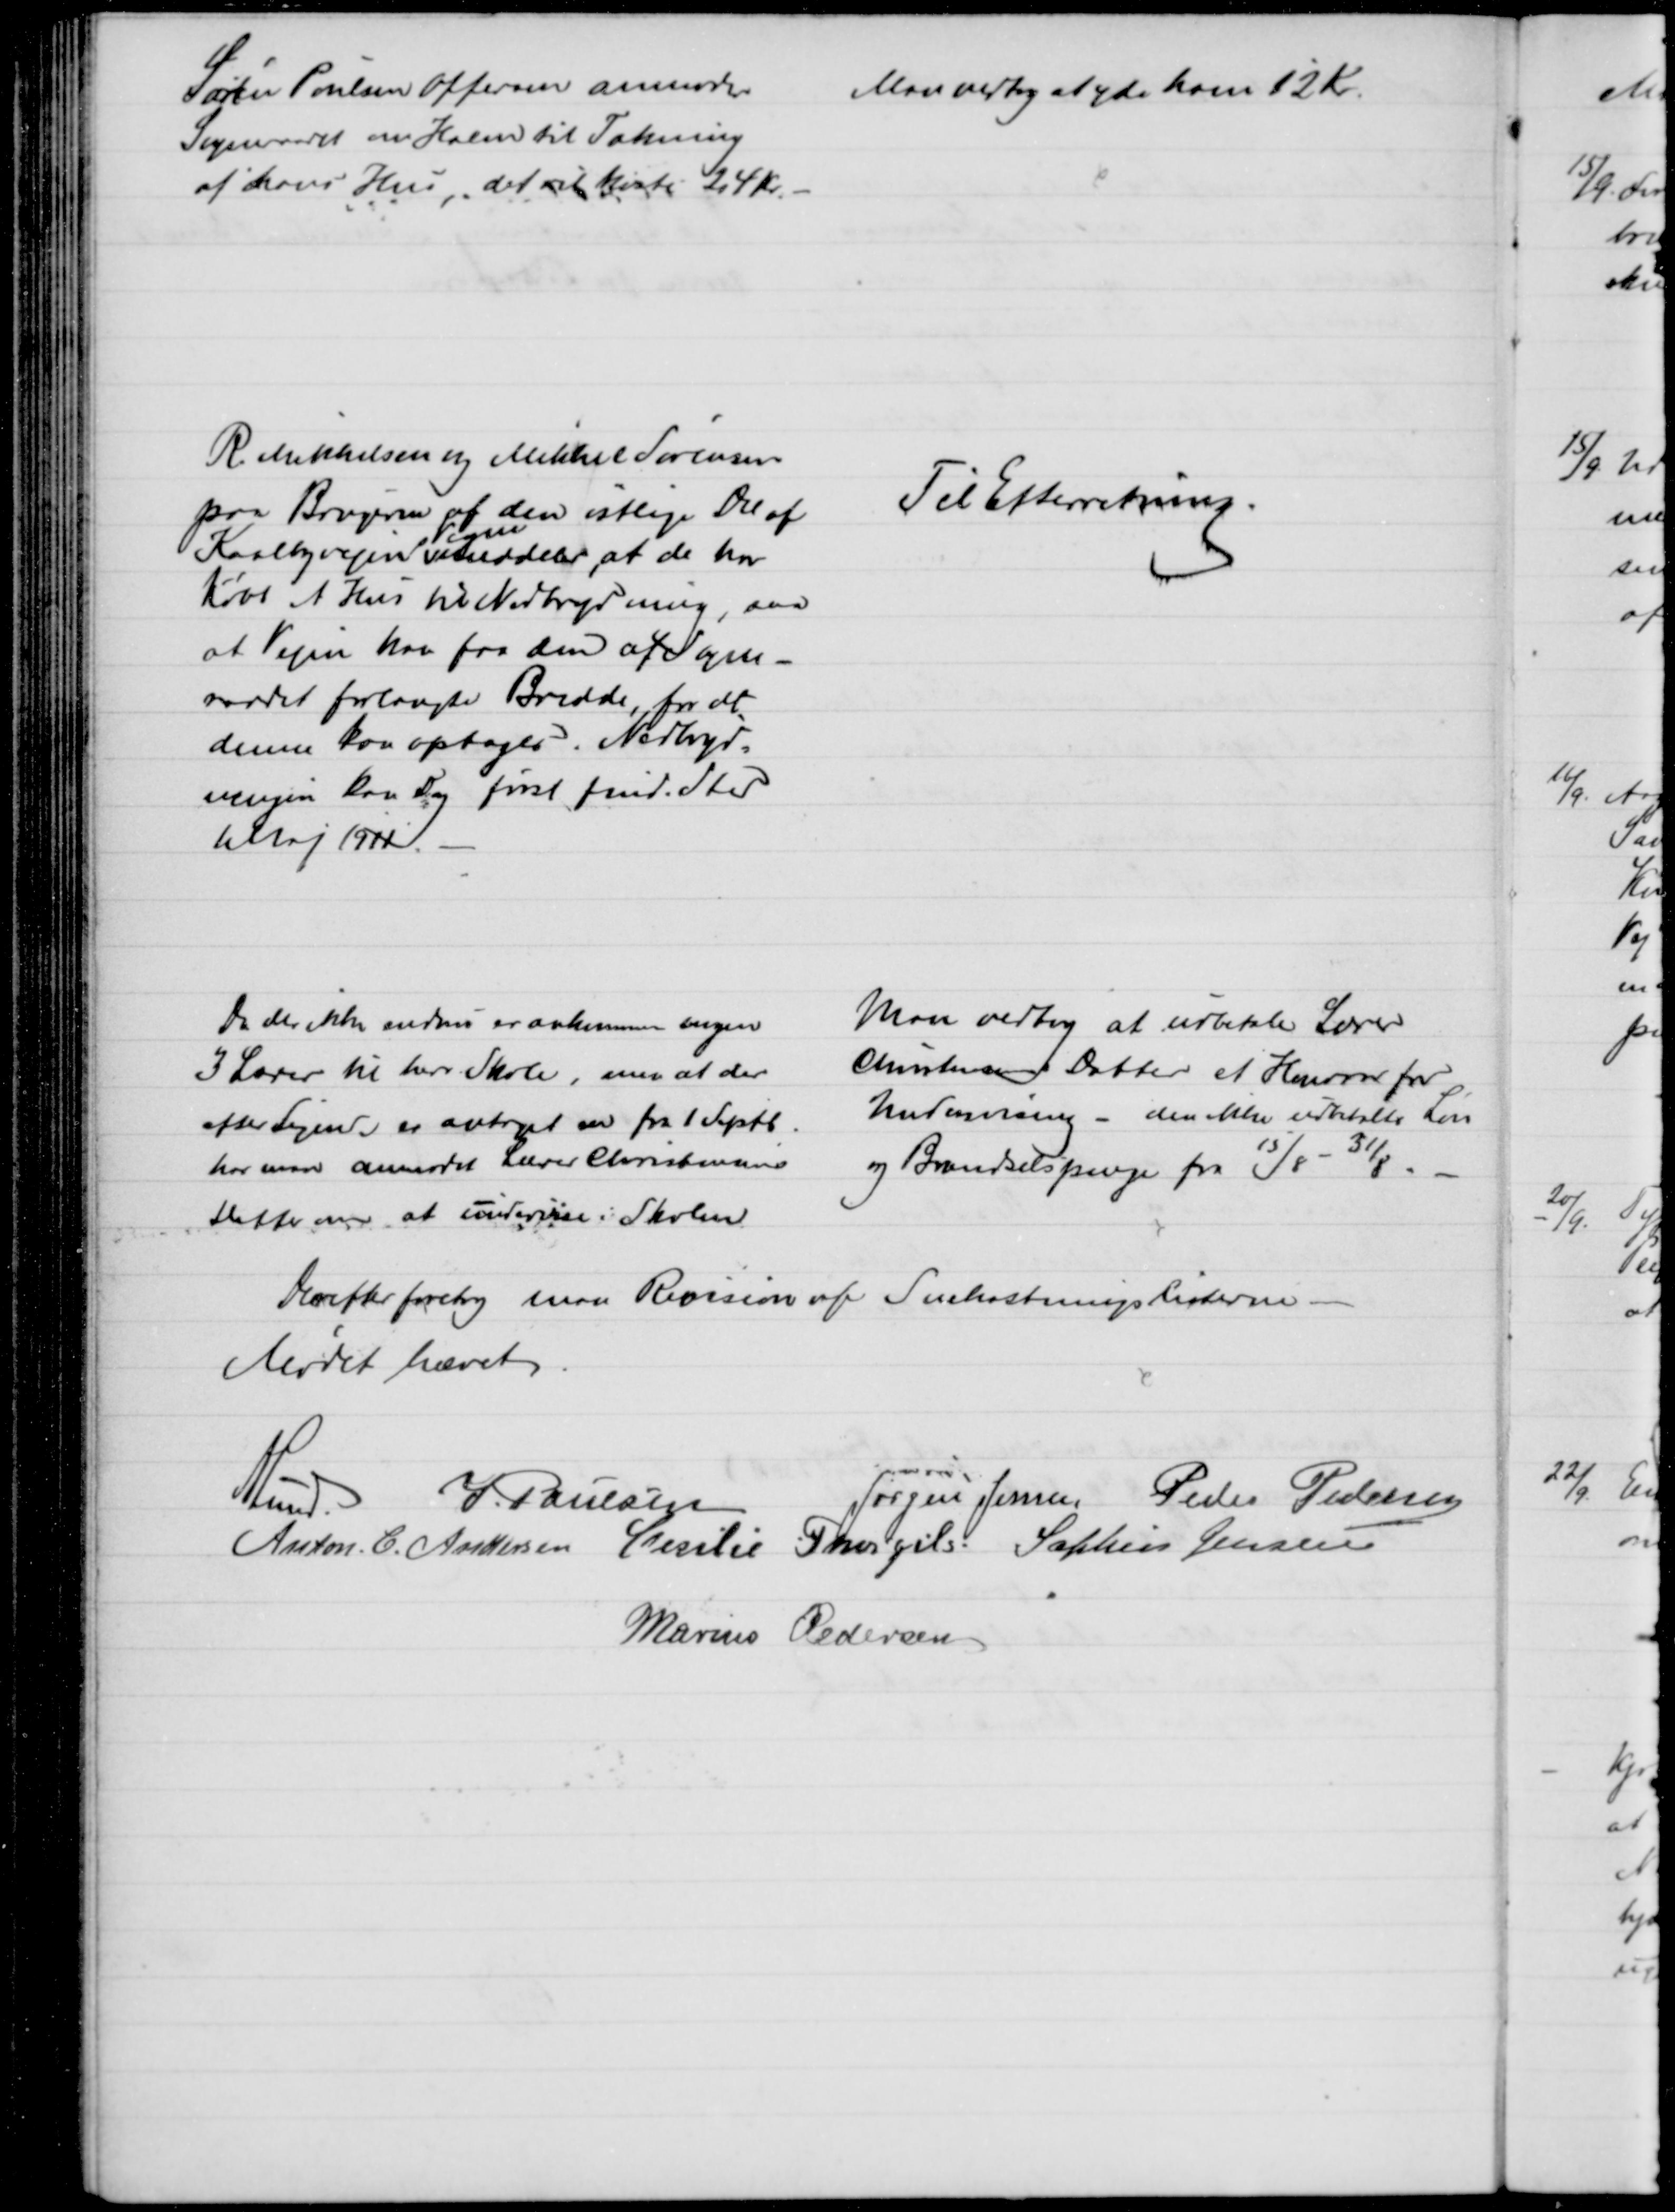
Transskription:
Søren Poulsen Offersen anmoder
Sogneraadet om Halm til Tækning
af hans Hus, det vil koste 24 Kr.
Man vedtog at yde ham 12 Kr.
R. Mikkelsen og Mikkel Sørensen
paa Brugerne af den østlige Del af
Kaalbyvejen 
Vegne
meddeler, at de har
købt et Hus til Nedbrydning, saa
at Vejen kan faa den af Sogne-
raadet forlangte Bredde, for at
denne kan optages. Nedbryd=
ningen kan dog først finde Sted
1 Maj 1911.
Til Efterretning.
Da der ikke endnu er ankommen nogen
3 Lærer til herv. Skole, men at der
efter Sigende er antaget en fra 1 Septb
har man anmodet Lærer Christensens
Datter om at undervise i Skolen
Man vedtog at udbetale Lærer
Christensens Datter et Honorar for
Undervisning - den ikke udbetalte Løn
og Brændselspenge fra 15/8 - 31/ 8.
Herefter foretog man Revision af Snekastningslisterne 
Mødet hævet.
A Lund. 
J. Poulsen
Jørgen Jensen Peder Pedersen
Anton C. Andersen Cecilie Thorgils. Sophus Jensen
Marius Pedersen